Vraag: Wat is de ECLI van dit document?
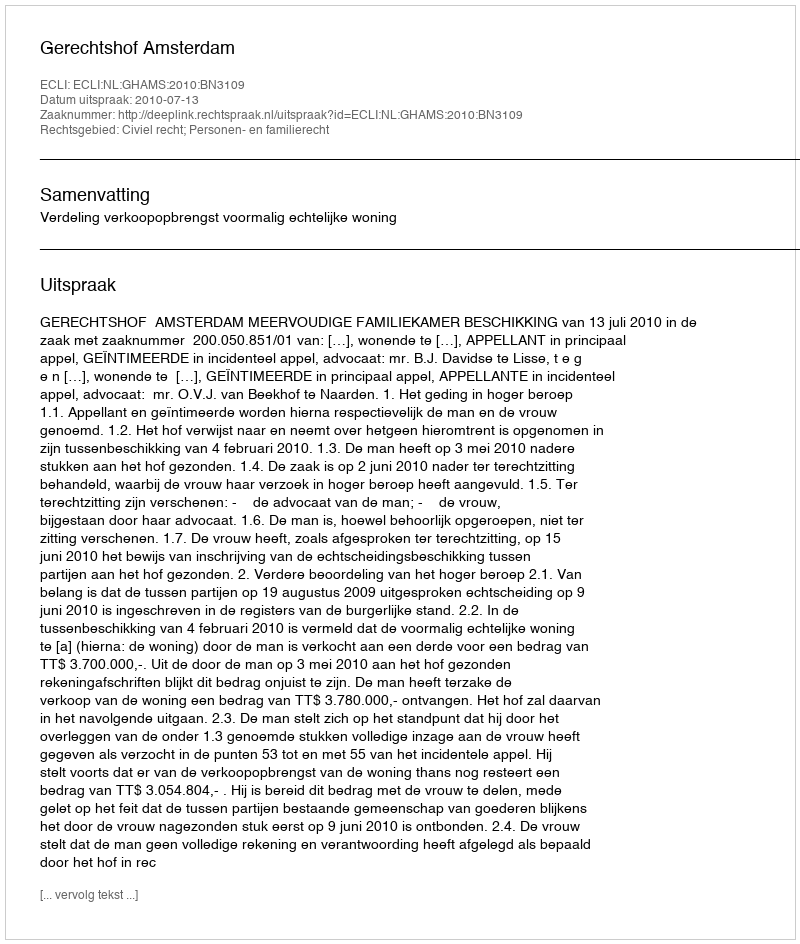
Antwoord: ECLI:NL:GHAMS:2010:BN3109